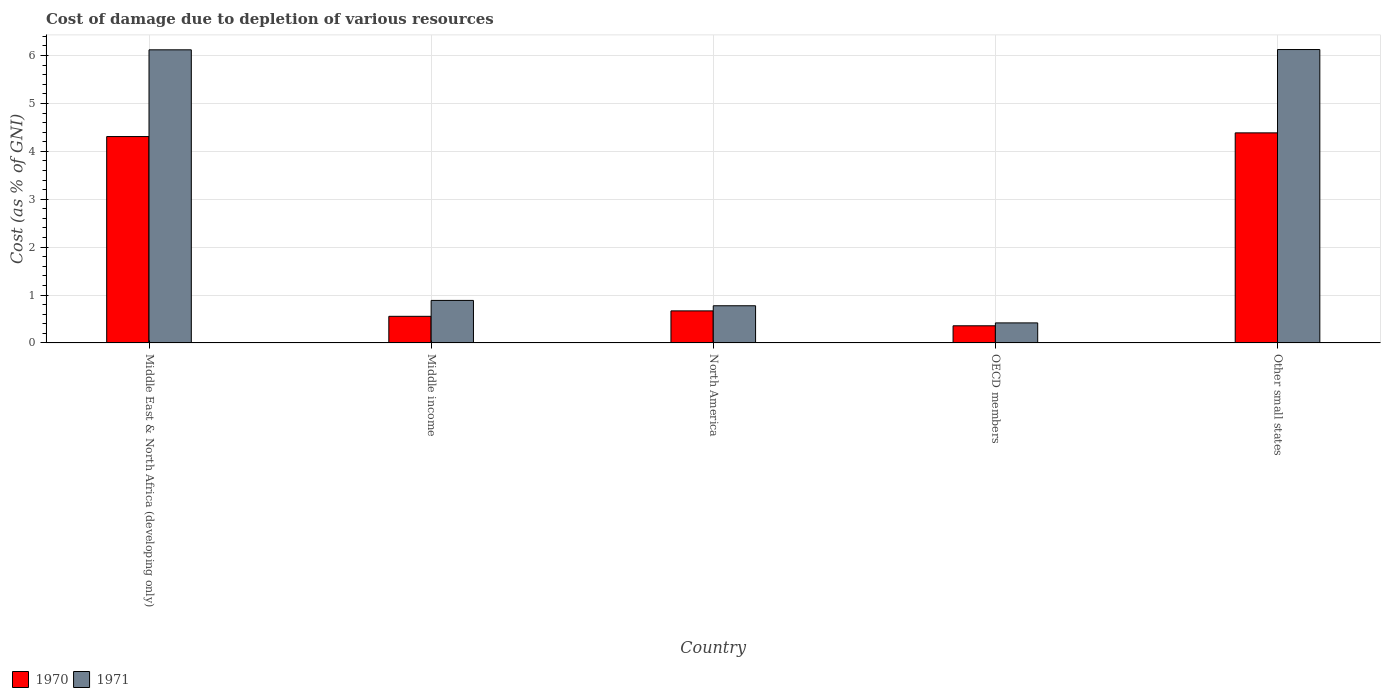
| Country | 1970 | 1971 |
 | --- | --- | --- |
 | Middle East & North Africa (developing only) | 4.31 | 6.12 |
 | Middle income | 0.556 | 0.888 |
 | North America | 0.669 | 0.776 |
 | OECD members | 0.358 | 0.419 |
 | Other small states | 4.39 | 6.13 |